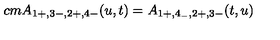
\hspace { - 5 c m } A _ { 1 + , 3 - , 2 + , 4 - } ( u , t ) = A _ { 1 + , 4 _ { - } , 2 + , 3 - } ( t , u )